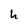
Character: h